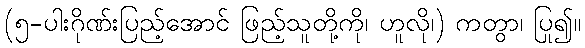
(၅-ပါးဂိုဏ်းပြည့်အောင် ဖြည့်သူတို့ကို၊ ဟူလို၊) ကတွာ၊ ပြု၍။